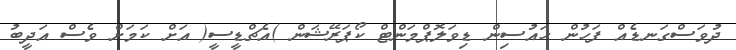
ދުވަސްގަނޑެއް ފަހުން ހައުސިން ޑިވަލޮޕްމަންޓް ކޯޕަރޭޝަން )އެޗްޑީސީ( އަށް ކަމަށް ވެސް އަދީބު